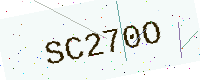
Text: SC270O